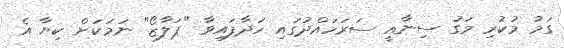
ގަމު މުކުރި މަގު ސިނާއީ ސަރަހައްދުގައި ހަދާފައިވާ "ޕަލާޒޯ" ނަމަކަށް ކިޔާ އެ